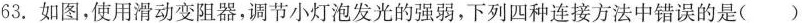
63.如图，使用滑动变阻器，调节小灯泡发光的强弱，下列四种连接方法中错误的是()